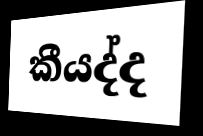
කීයද්ද